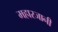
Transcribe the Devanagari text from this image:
महारजानी